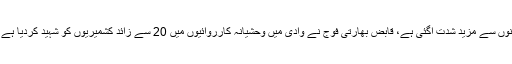
مقبوضہ کشمیر میں قابض بھارتی فوج کے مظالم جاری ہیں جن میں گزشتہ چند دنوں سے مزید شدت آگئی ہے، قابض بھارتی فوج نے وادی میں وحشیانہ کارروائیوں میں 20 سے زائد کشمیریوں کو شہید کردیا ہے جب کہ پاکستان کی جانب سے مختلف فورمز پر اس کی شدید مذمت کی گئی ہے۔